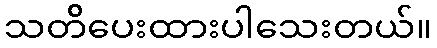
သတိပေးထားပါသေးတယ်။